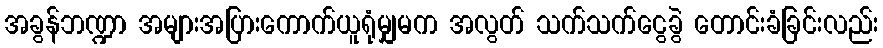
အခွန်ဘဏ္ဍာ အများအပြားကောက်ယူရုံမျှမက အလွတ် သက်သက်ငွေခွဲ တောင်းခံခြင်းလည်း